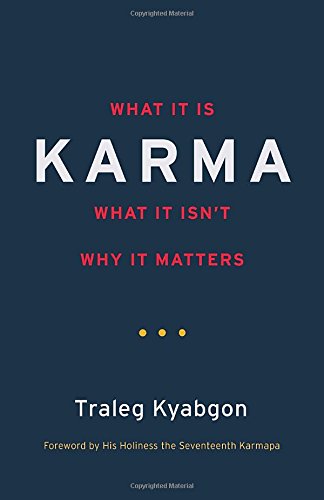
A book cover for Karma: What It Is, What It Isn't, Why It Matters; Traleg Kyabgon; Religion & Spirituality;